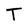
Character: T